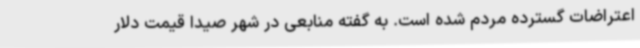
اعتراضات گسترده مردم شده است. به گفته منابعی در شهر صیدا قیمت دلار